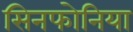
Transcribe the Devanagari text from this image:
सिनफोनिया